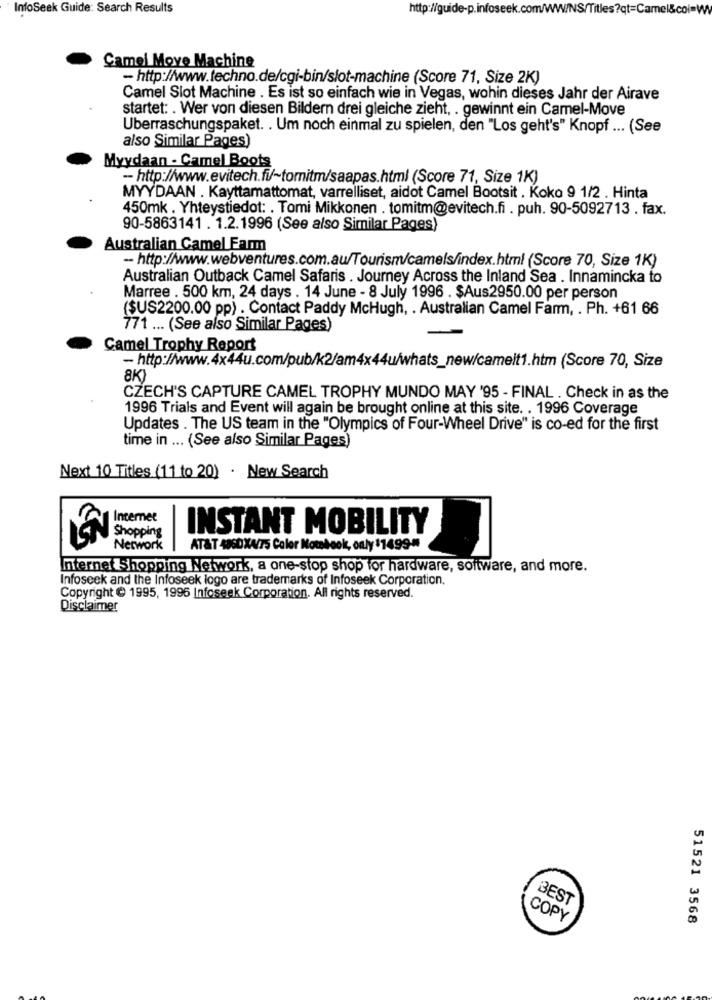
InfoSeek Guide: Search Results
http://guide-p.infoseek.com/WWW.
Titles ?qt=Camel&col=W
Camel Move Machine
- http://www.techno.de/cgi-bin/slot-machine (Score 71, Size 2K)
Camel Slot Machine . Es ist so einfach wie in Vegas, wohin dieses Jahr der Airave
startet: . Wer von diesen Bildern drei gleiche zieht, . gewinnt ein Camel-Move
Uberraschungspaket. . Um noch einmal zu spielen, den "Los geht's" Knopf ... (See
also Similar Pages)
Myydaan - Camel Boots
- http://www.evitech.fi/~tomitm/saapas.html (Score 71, Size 1K)
MYYDAAN . Kayttamattomat, varrelliset, aidot Camel Bootsit . Koko 9 1/2 . Hinta
450mk . Yhteystiedot: . Tomi Mikkonen . tomitm@evitech.fi . puh. 90-5092713 . fax.
90-5863141 . 1.2.1996 (See also Similar Pages)
Australian Camel Farm
- http://www.webventures.com.au/Tourism/camels/index.html (Score 70, Size 1K)
Australian Outback Camel Safaris . Journey Across the Inland Sea . Innamincka to
Marree . 500 km, 24 days . 14 June - 8 July 1996 . $Aus2950.00 per person
($US2200.00 pp) . Contact Paddy McHugh, . Australian Camel Farm, . Ph. +61 66
771 ... (See also Similar Pages)
Camel Trophy Report
- http://www.4x44u.com/pub/k2/am4x44u/whats_new/camelt1.htm (Score 70, Size
8KY
CZECH'S CAPTURE CAMEL TROPHY MUNDO MAY '95 - FINAL . Check in as the
1996 Trials and Event will again be brought online at this site. . 1996 Coverage
Updates . The US team in the "Olympics of Four-Wheel Drive" is co-ed for the first
time in ... (See also Similar Pages)
Next 10 Titles (11 to 20) . New Search
Internet
INSTANT MOBILITY
Network
AT&T 486DX4/75 Color Nowbook, only 11499"
Internet Shopping Network, a one-stop shop for hardware, software, and more.
Infoseek and the Infoseek logo are trademarks of Infoseek Corporation.
Copyright @ 1995, 1996 Infoseek Corporation. All rights reserved.
Disclaimer
BEST
COPY
51521 3568